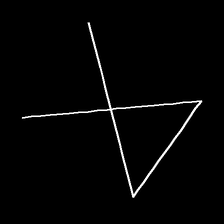
Glyph: collection